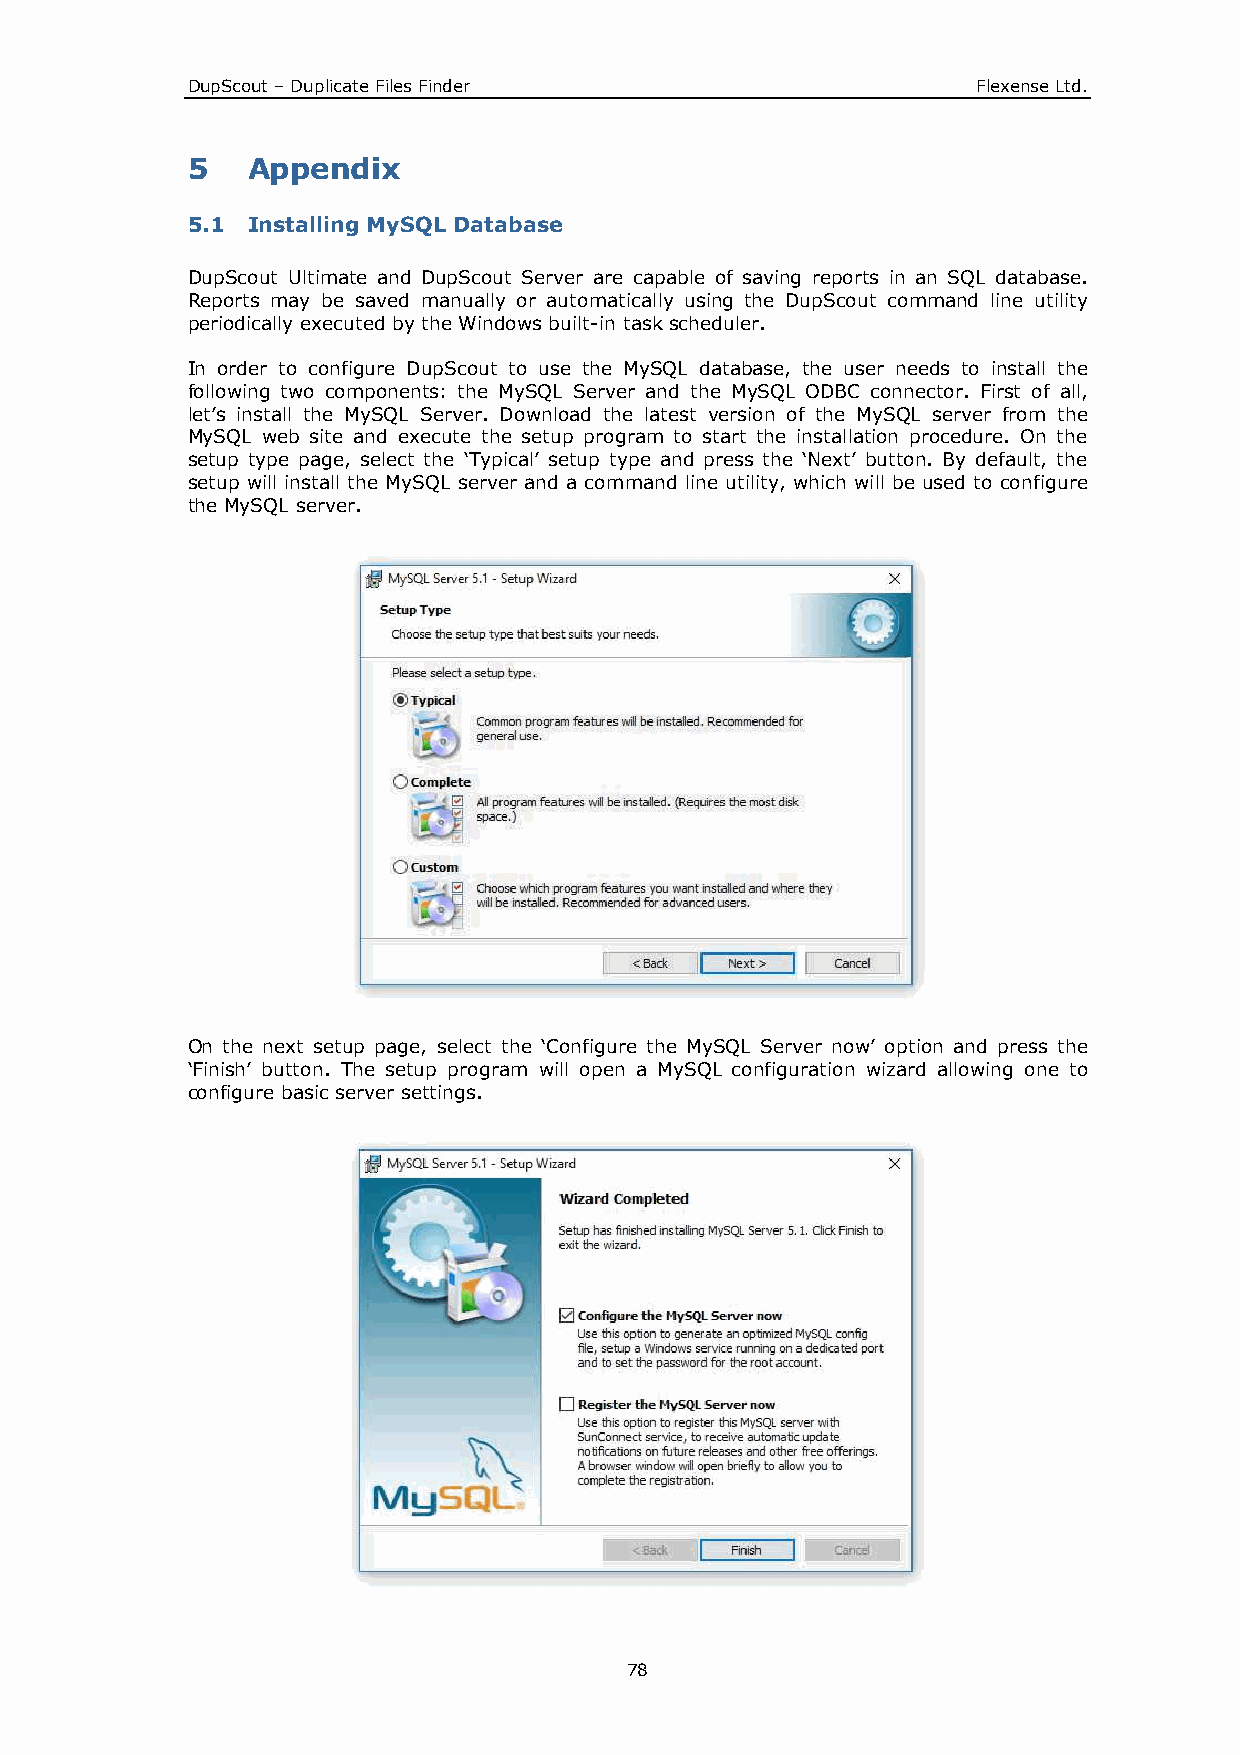
DupScout – Duplicate Files Finder                    Flexense Ltd.
 5   Appendix
 5.1 Installing MySQL Database
 DupScout Ultimate and DupScout Server are capable of saving reports in an SQL database.
 Reports may be saved manually or automatically using the DupScout command line utility
 periodically executed by the Windows built-in task scheduler.
 In order to configure DupScout to use the MySQL database, the user needs to install the
 following two components: the MySQL Server and the MySQL ODBC connector. First of all,
 let’s install the MySQL Server. Download the latest version of the MySQL server from the
 MySQL web site and execute the setup program to start the installation procedure. On the
 setup type page, select the ‘Typical’ setup type and press the ‘Next’ button. By default, the
 setup will install the MySQL server and a command line utility, which will be used to configure
 the MySQL server.
 On the next setup page, select the ‘Configure the MySQL Server now’ option and press the
 ‘Finish’ button. The setup program will open a MySQL configuration wizard allowing one to
 configure basic server settings.
 78